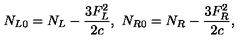
N _ { L 0 } = N _ { L } - { \frac { 3 F _ { L } ^ { 2 } } { 2 c } } , \ N _ { R 0 } = N _ { R } - { \frac { 3 F _ { R } ^ { 2 } } { 2 c } } ,